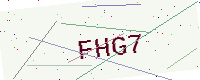
Text: FHG7